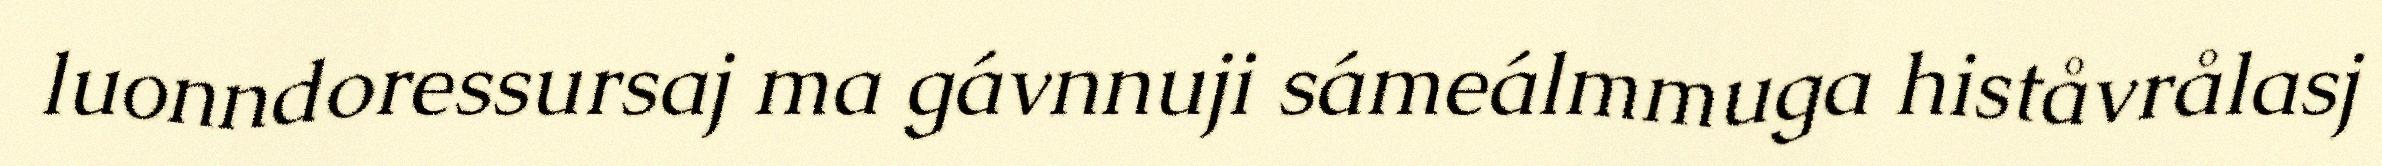
luonndoressursaj ma gávnnuji sámeálmmuga histåvrålasj